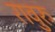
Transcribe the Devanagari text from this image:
रावुरु